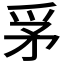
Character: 𤔃